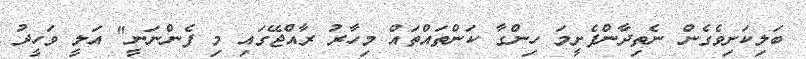
ބަލިކަށިވެގެން ނެތިދާންފެށީމަ ހިންގާ ކަންތައްތައް މިހާރު ރާއްޖޭގައި މި ފެންނަނީ" އަލީ ވަހީދު